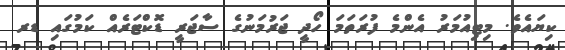
ކިޔައެވެ. މިޓިއުމަރު އެންމެ ފުރަތަމަ ހޯދީ ޖަރުމަނުގެ ސާޖަރީ ޑޮކްޓަރެއް ކަމުގައި ޑރ